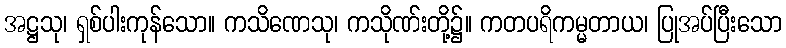
အဋ္ဌသု၊ ရှစ်ပါးကုန်သော။ ကသိဏေသု၊ ကသိုဏ်းတို့၌။ ကတပရိကမ္မတာယ၊ ပြုအပ်ပြီးသော